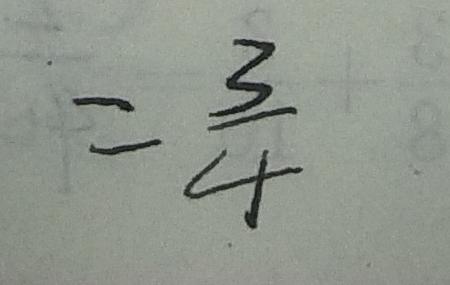
= \frac { 3 } { 4 }